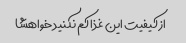
از کیفیت این غذا کم نکنید خواهشا